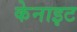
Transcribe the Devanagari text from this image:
केनाइट